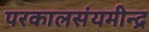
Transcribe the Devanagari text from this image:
परकालसंयमीन्द्र